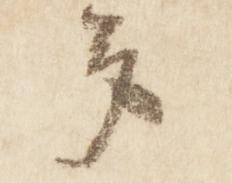
多